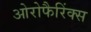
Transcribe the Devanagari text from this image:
ओरोफैरिंक्स